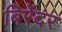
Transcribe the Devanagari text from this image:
बिरेंदर